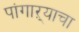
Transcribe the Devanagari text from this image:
पांगाऱ्याचा